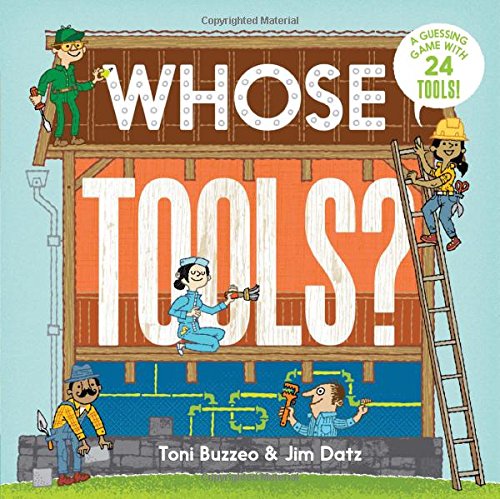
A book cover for Whose Tools?; Toni Buzzeo; Children's Books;